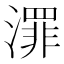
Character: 𣿓